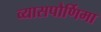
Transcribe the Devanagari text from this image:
व्यासपौर्णिमा